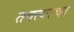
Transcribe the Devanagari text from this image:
तक्त्याचा